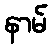
နာမ်